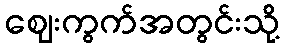
ဈေးကွက်အတွင်းသို့